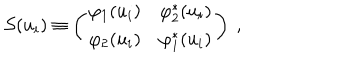
\mathcal { S } ( u _ { i } ) \equiv \left( \begin{matrix} { { \varphi _ { 1 } ( u _ { i } ) } } & { { \varphi _ { 2 } ^ { * } ( u _ { i } ) } } \\ { { \varphi _ { 2 } ( u _ { i } ) } } & { { \varphi _ { 1 } ^ { * } ( u _ { i } ) } } \\ \end{matrix} \right) ~ ,